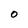
Character: O